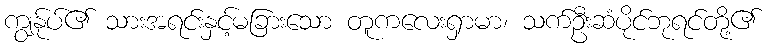
ကျွနု်ပ်၏ သားအရင်းနှင့်မခြားသော တူကလေးရှာမာ၊ သက်ဦးဆံပိုင်ဘုရင်တို့၏